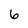
Character: 6